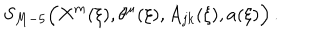
S _ { M - 5 } \Bigl ( X ^ { m } ( \xi ) , \theta ^ { \mu } ( \xi ) , A _ { j k } ( \xi ) , a ( \xi ) \Bigr ) \, .